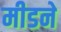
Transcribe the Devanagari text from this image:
मीडने